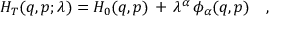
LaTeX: H _ { T } ( q , p ; \lambda ) = H _ { 0 } ( q , p ) \, + \, \lambda ^ { \alpha } \, \phi _ { \alpha } ( q , p ) \ \ \ ,